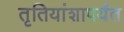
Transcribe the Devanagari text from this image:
तृतियांशापर्यंत